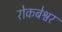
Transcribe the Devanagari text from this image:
रोकबेश्वर